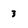
Character: 3